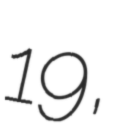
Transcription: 19,